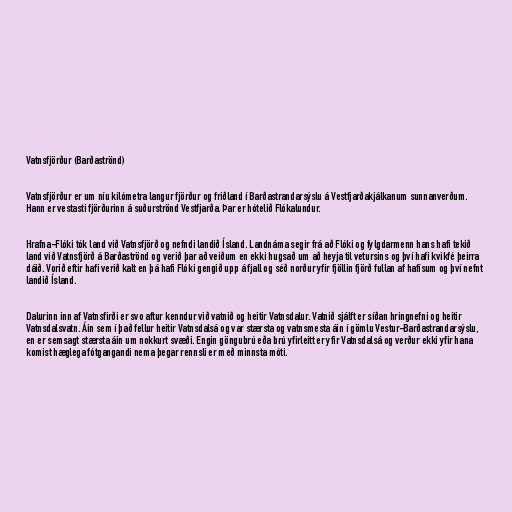
Vatnsfjörður (Barðaströnd)

Vatnsfjörður er um níu kílómetra langur fjörður og friðland í Barðastrandarsýslu á Vestfjarðakjálkanum sunnanverðum.
Hann er vestasti fjörðurinn á suðurströnd Vestfjarða. Þar er hótelið Flókalundur.

Hrafna-Flóki tók land við Vatnsfjörð og nefndi landið Ísland. Landnáma segir frá að Flóki og fylgdarmenn hans hafi tekið
land við Vatnsfjörð á Barðaströnd og verið þar að veiðum en ekki hugsað um að heyja til vetursins og því hafi kvikfé þeirra
dáið. Vorið eftir hafi verið kalt en þá hafi Flóki gengið upp á fjall og séð norður yfir fjöllin fjörð fullan af hafísum og því nefnt
landið Ísland.

Dalurinn inn af Vatnsfirði er svo aftur kenndur við vatnið og heitir Vatnsdalur. Vatnið sjálft er síðan hringnefni og heitir
Vatnsdalsvatn. Áin sem í það fellur heitir Vatnsdalsá og var stærsta og vatnsmesta áin í gömlu Vestur-Barðastrandarsýslu,
en er semsagt stærsta áin um nokkurt svæði. Engin göngubrú eða brú yfirleitt er yfir Vatnsdalsá og verður ekki yfir hana
komist hæglega fótgangandi nema þegar rennsli er með minnsta móti.